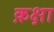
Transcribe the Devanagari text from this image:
क़क्षा